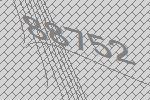
88752